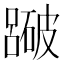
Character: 𥖕